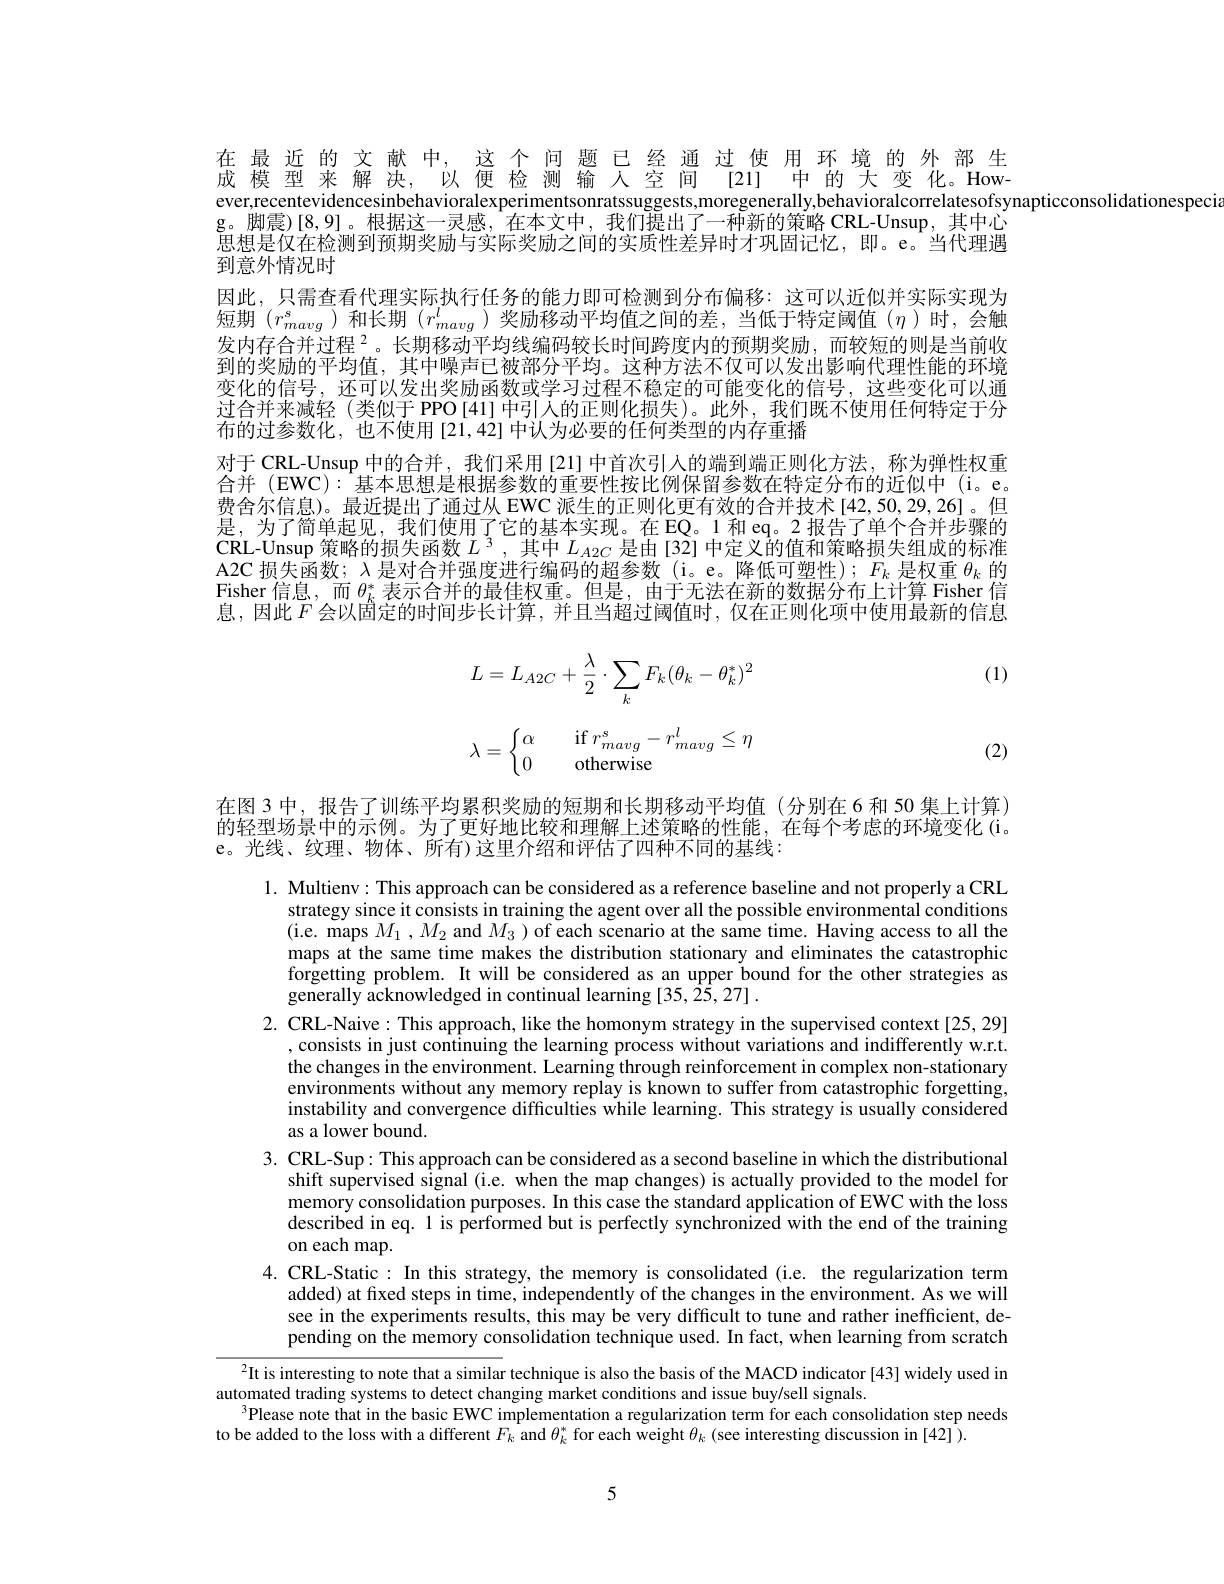
在最近的文献中，这个间题已经通过使用环境的外部生成模型来解决，以便检测输人空间[21]中的大变化。However,recentevidencesinbehavioralexperimentsonratssuggests,moregenerally,behavioralcorrelatesofsynapticconsolidationespeci
g。脚 震 ) [ 8, 9] 。根据这一灵感，在本文中，我们提出了一种新的策略 CRL-Unsup,其中心思想是仅在检测到预期奖励与实际奖励之间的实质性差异时才巩固记忆，即。e。当代理遇到意外情况时
因此，只需查看代理实际执行任务的能力即可检测到分布偏移：这可以近似并实际实现为短期$(r_{mavg}^s$)和长期$(r_mavg^l$)奖励移动平均值之间的差，当低于特定阈值($\eta$)时，会触发内存合并过程$^{2}$。长期移动平均线编码较长时间跨度内的预期奖励，而较短的则是当前收到的奖励的平均值，其中噪声已被部分平均。这种方法不仅可以发出影响代理性能的环境变化的信号，还可以发出奖励函数或学习过程不稳定的可能变化的信号，这些变化可以通过合并来减轻(类似于 PPO[41] 中引入的正则化损失)。此外，我们既不使用任何特定于分布的过参数化，也不使用[21,42] 中认为必要的任何类型的内存重播
对于 CRL-Unsup 中的合并，我们采用[21] 中首次引入的端到端正则化方法，称为弹性权重合并 (EWC): 基本思想是根据参数的重要性按比例保留参数在特定分布的近似中 (i。e。费舍尔信息)。最近提出了通过从 EWC 派生的正则化更有效的合并技术[42,50,29,26]。但是，为了简单起见，我们使用了它的基本实现。在 EQ。1 和 eq。2 报告了单个合并步骤的CRL-Unsup 策略的损失函数$L^{3}$,其中$L_A2C$是由[32] 中定义的值和策略损失组成的标准A2C 损失函数；$\lambda$是对合并强度进行编码的超参数 (i。e。降低可塑性); $F_k$是权重$\theta_k$的Fisher 信息，而$\theta_k^*$表示合并的最佳权重。但是，由于无法在新的数据分布上计算 Fisher 信息，因此$F$会以固定的时间步长计算，并且当超过阈值时，仅在正则化项中使用最新的信息

(1)
$$\begin{aligned}L=L_{A2C}+\frac{\lambda}{2}\cdot\sum_{k}F_{k}(\theta_{k}-\theta_{k}^{*})^{2}\end{aligned}$$
$$\lambda=\begin{cases}\alpha&\quad\text{if}r_{mavg}^s-r_{mavg}^l\leq\eta\\0&\quad\text{otherwise}\end{cases}$$
(2)

在图3 中，报告了训练平均累积奖励的短期和长期移动平均值(分别在6 和 50 集上计算) 的轻型场景中的示例。为了更好地比较和理解上述策略的性能，在每个考虑的环境变化(i。e。光线、纹理、物体、所有)这里介绍和评估了四种不同的基线：

1. Multienv: This approach can be considered as a reference baseline and not properly a CRL
strategy since it consists in training the agent over all the possible environmental conditions (i.e. maps $M_1,M_{2}$ and $M_{3})$ of each scenario at the same time. Having access to all the maps at the same time makes the distribution stationary and eliminates the catastrophic forgetting problem. It will be considered as an upper bound for the other strategies as generally acknowledged in continual learning [35, 2$\hat{5},27].$
2. CRL-Naive: This approach, like the homonym strategy in the supervised context[25,29]
,consists in just continuing the learning process without variations and indifferently w.r.t. the changes in the environment. Learning through reinforcement in complex non-stationary environments without any memory replay is known to suffer from catastrophic forgetting, instability and convergence difficulties while learning. This strategy is usually considered as a lower bound.
3. CRL-Sup: This approach can be considered as a second baseline in which the distributional
shift supervised signal (i.e. when the map changes) is actually provided to the model for memory consolidation purposes. In this case the standard application of EWC with the loss described in eq. 1 is performed but is perfectly synchronized with the end of the training on each map.
4.CRL-Static:In this strategy, the memory is consolidated (i.e. the regularization term
added) at fixed steps in time, independently of the changes in the environment. As we will see in the experiments results, this may be very difficult to tune and rather inefficient, depending on the memory consolidation technique used. In fact, when learning from scratch
$^{2}$It is interesting to note that a similar technique is also the basis of the MACD indicator[43] widely used in
automated trading systems to detect changing market conditions and issue buy/sell signals
$^{3}$Please note that in the basic EWC implementation a regularization term for each consolidation step needs

to be added to the loss with a different $F_k$ and $\theta_k^*$ for each weight $\theta_k$ (see interesting discussion in [42] ).

5